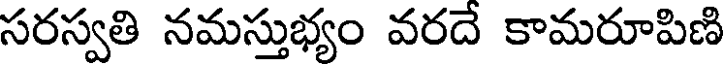
సరస్వతి నమస్తుభ్యం వరదే కామరూపిణి